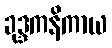
ခုဒ္ဒကနိကာယ